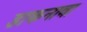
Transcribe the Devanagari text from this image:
डाकनावा